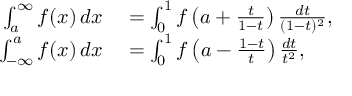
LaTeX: \begin{array} { r l } { \int _ { a } ^ { \infty } f ( x ) \, d x } & { { } = \int _ { 0 } ^ { 1 } f \left( a + { \frac { t } { 1 - t } } \right) { \frac { d t } { ( 1 - t ) ^ { 2 } } } , } \\ { \int _ { - \infty } ^ { a } f ( x ) \, d x } & { { } = \int _ { 0 } ^ { 1 } f \left( a - { \frac { 1 - t } { t } } \right) { \frac { d t } { t ^ { 2 } } } , } \end{array}